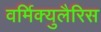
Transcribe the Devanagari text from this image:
वर्मिक्युलैरिस